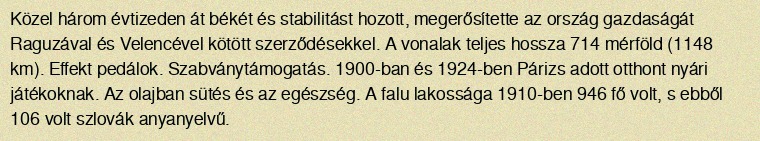
Közel három évtizeden át békét és stabilitást hozott, megerősítette az ország gazdaságát Raguzával és Velencével kötött szerződésekkel. A vonalak teljes hossza 714 mérföld (1148 km). Effekt pedálok. Szabványtámogatás. 1900-ban és 1924-ben Párizs adott otthont nyári játékoknak. Az olajban sütés és az egészség. A falu lakossága 1910-ben 946 fő volt, s ebből 106 volt szlovák anyanyelvű.